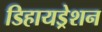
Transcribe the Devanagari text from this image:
डिहायड्रेशन